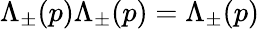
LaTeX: \Lambda_{\pm}(p)\Lambda_{\pm}(p)=\Lambda_{\pm}(p)